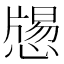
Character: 𢡕